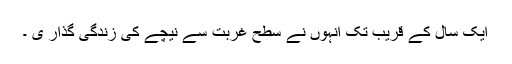
ایک سال کے قریب تک انہوں نے سطح غربت سے نیچے کی زندگی گذار ی ۔